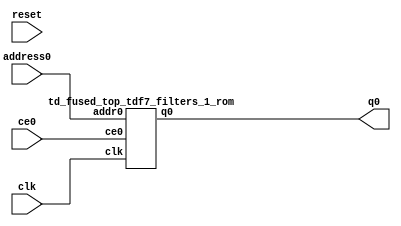
`define EXPONENT 5
`define MANTISSA 10
`define ACTUAL_MANTISSA 11
`define EXPONENT_LSB 10
`define EXPONENT_MSB 14
`define MANTISSA_LSB 0
`define MANTISSA_MSB 9
`define MANTISSA_MUL_SPLIT_LSB 3
`define MANTISSA_MUL_SPLIT_MSB 9
`define SIGN 1
`define SIGN_LOC 15
`define DWIDTH (`SIGN+`EXPONENT+`MANTISSA)
`define IEEE_COMPLIANCE 1

module td_fused_top_tdf7_filters_1(
    reset,
    clk,
    address0,
    ce0,
    q0);

parameter DataWidth = 32'd64;
parameter AddressRange = 32'd4608;
parameter AddressWidth = 32'd13;
input reset;
input clk;
input[AddressWidth - 1:0] address0;
input ce0;
output[DataWidth - 1:0] q0;



td_fused_top_tdf7_filters_1_rom td_fused_top_tdf7_filters_1_rom_U(
    .clk( clk ),
    .addr0( address0 ),
    .ce0( ce0 ),
    .q0( q0 )
);

endmodule
  module td_fused_top_tdf7_filters_1_rom (
addr0, ce0, q0, clk);

parameter DWIDTH = 64;
parameter AWIDTH = 13;
parameter MEM_SIZE = 4608;

input[AWIDTH-1:0] addr0;
input ce0;
output reg[DWIDTH-1:0] q0;
input clk;

 reg [DWIDTH-1:0] ram[MEM_SIZE-1:0];

//initial begin
//    $readmemh("./td_fused_top_tdf7_filters_1_rom.dat", ram);
//end



always @(posedge clk)  
begin 
    if (ce0) 
    begin
        q0 <= ram[addr0];
    end
end



endmodule